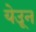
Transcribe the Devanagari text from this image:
येउून